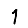
Digit: 1